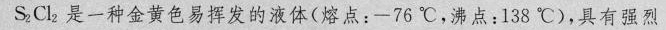
S_{2}Cl_{2}是一种金黄色易挥发的液体(熔点：-76℃，沸点：138℃)，具有强烈